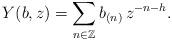
LaTeX: \begin{align*} Y(b,z) = \sum_{n\in \mathbb{Z}} b_{(n)}\, z^{-n-h} . \end{align*}